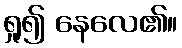
ရှု၍ နေလေ၏။